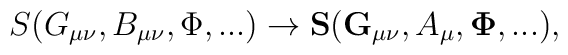
S (G_{\mu\nu}, B_{\mu\nu}, \Phi, ...)\to {\bf S} ({\bf G_{\mu\nu}},A_\mu, {\bf {\Phi}}, ...),